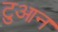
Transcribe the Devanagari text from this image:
टुआन